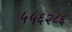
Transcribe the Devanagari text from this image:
५५६२८६